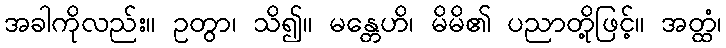
အခါကိုလည်း။ ဥတွာ၊ သိ၍။ မန္တေဟိ၊ မိမိ၏ ပညာတို့ဖြင့်။ အတ္ထံ၊